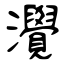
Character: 灚